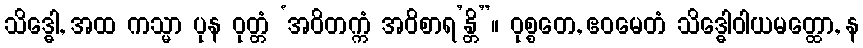
သိဒ္ဓေါ, အထ ကသ္မာ ပုန ဝုတ္တံ ‘အဝိတက္ကံ အဝိစာရ’န္တိ”။ ဝုစ္စတေ, ဧဝမေတံ သိဒ္ဓေါဝါယမတ္ထော, န